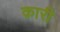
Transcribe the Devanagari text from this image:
क़ारी